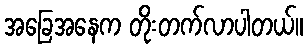
အခြေအနေက တိုးတက်လာပါတယ်။